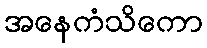
အနေကံသိကော